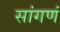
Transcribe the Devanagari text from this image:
सांगणं